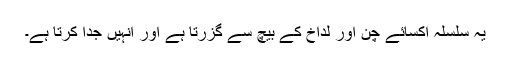
یہ سلسلہ اکسائے چن اور لداخ کے بیچ سے گزرتا ہے اور انہیں جدا کرتا ہے۔